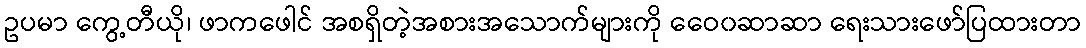
ဥပမာ ကွေ့တီယို၊ ဖာကဖေါင် အစရှိတဲ့အစားအသောက်များကို ဝေေ၀ဆာဆာ ရေးသားဖော်ပြထားတာ